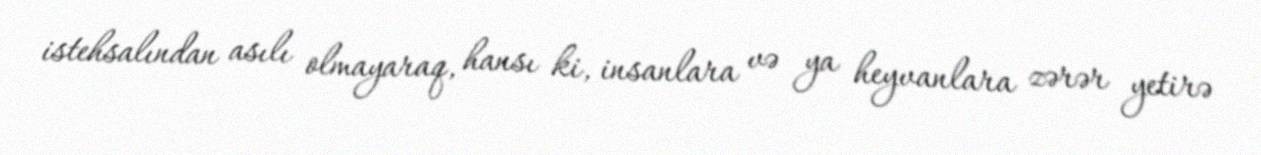
istehsalından asılı olmayaraq, hansı ki, insanlara və ya heyvanlara zərər yetirə